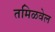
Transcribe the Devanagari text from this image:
तमिळवेल